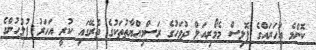
ކޮންމެ އަހަރައްގެ ޕޮލިސް މެމޯރިއަލް ދުވަހުގެ ރަސްމިއްޔާތުތަކުގެ ތެރޭގައި ކުރީ އަހަރު ފުލުހުންގެ